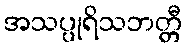
အသပ္ပုရိသဘတ္တီ